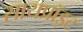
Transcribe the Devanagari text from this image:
सायप्रॉइट